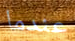
عندما